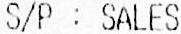
S/P : SALES